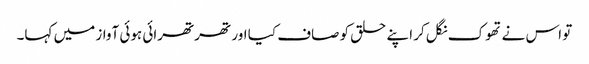
تو اس نے تھوک نگل کر اپنے حلق کو صاف کیا اور تھرتھرائی ہوئی آواز میں کہا۔